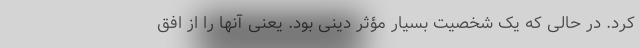
کرد. در حالی که یک شخصیت بسیار مؤثر دینی بود. یعنی آنها را از افق